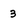
Character: 3